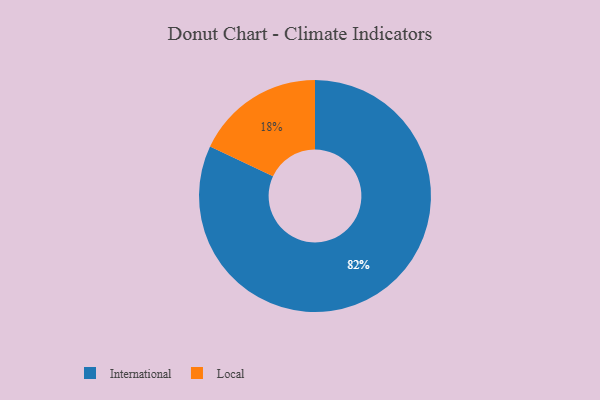
{"axis": {"x": "Category", "y": "Percentage"}, "legend": ["International", "Local"], "data": [{"x": "Local", "y": 18, "type": "Local"}, {"x": "International", "y": 82, "type": "International"}]}